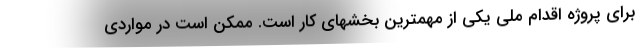
برای پروژه اقدام ملی یکی از مهمترین بخشهای کار است. ممکن است در مواردی